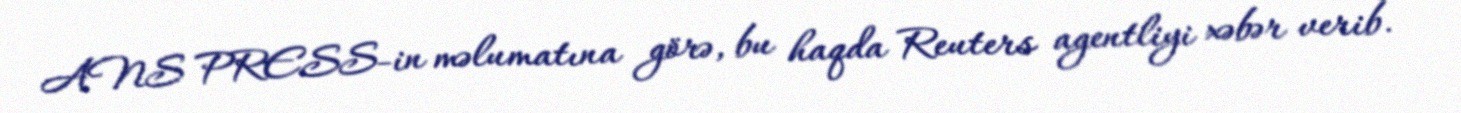
ANS PRESS-in məlumatına görə, bu haqda Reuters agentliyi xəbər verib.